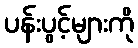
ပန်းပွင့်များကို